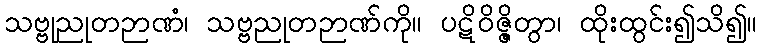
သဗ္ဗုညုတဉာဏံ၊ သဗ္ဗညုတဉာဏ်ကို။ ပဋိဝိဇ္ဇိတွာ၊ ထိုးထွင်း၍သိ၍။